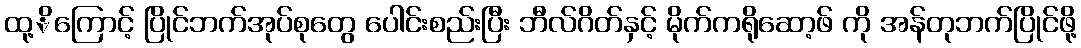
ထု့ိကြောင့် ပြိုင်ဘက်အုပ်စုတွေ ပေါင်းစည်းပြီး ဘီလ်ဂိတ်နှင့် မိုက်ကရိုဆော့ဖ် ကို အန်တုဘက်ပြိုင်ဖို့